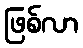
ဖြစ်လာ